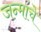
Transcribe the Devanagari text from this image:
जन्मांचे